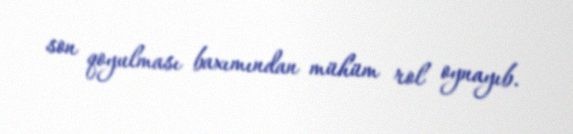
son qoyulması baxımından mühüm rol oynayıb.